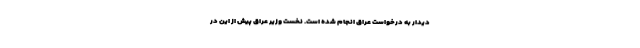
دیدار به درخواست عراق انجام شده است. نخست وزیر عراق پیش از این در